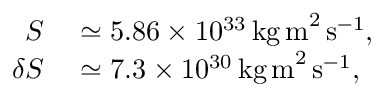
\begin{array} { r l } { S } & { { } \simeq 5 . 8 6 \times 1 0 ^ { 3 3 } \, \mathrm { k g \, m } ^ { 2 } \, \mathrm { s } ^ { - 1 } , } \\ { \delta S } & { { } \simeq 7 . 3 \times 1 0 ^ { 3 0 } \, \mathrm { k g \, m } ^ { 2 } \, \mathrm { s } ^ { - 1 } , } \end{array}